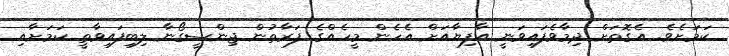
ކަމަށެވެ. އެގޮތަށް ދިމާވެފައިވަނީ އާފިޔާއަށް އެހެން މީހެއްގެ ފަރާތުން ޖިންސީގޯނާ ލިބިފައިވާތީ ކަމަށާއި